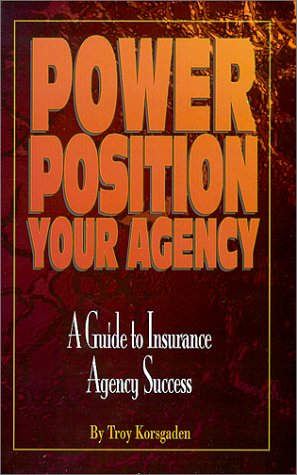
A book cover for Power Position Your Agency: A Guide to Insurance Agency Success; Troy Korsgaden; Business & Money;